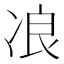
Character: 𰃾